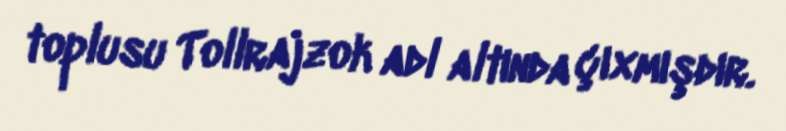
toplusu Tollrajzok adl altında çıxmışdır.